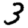
Digit: 3